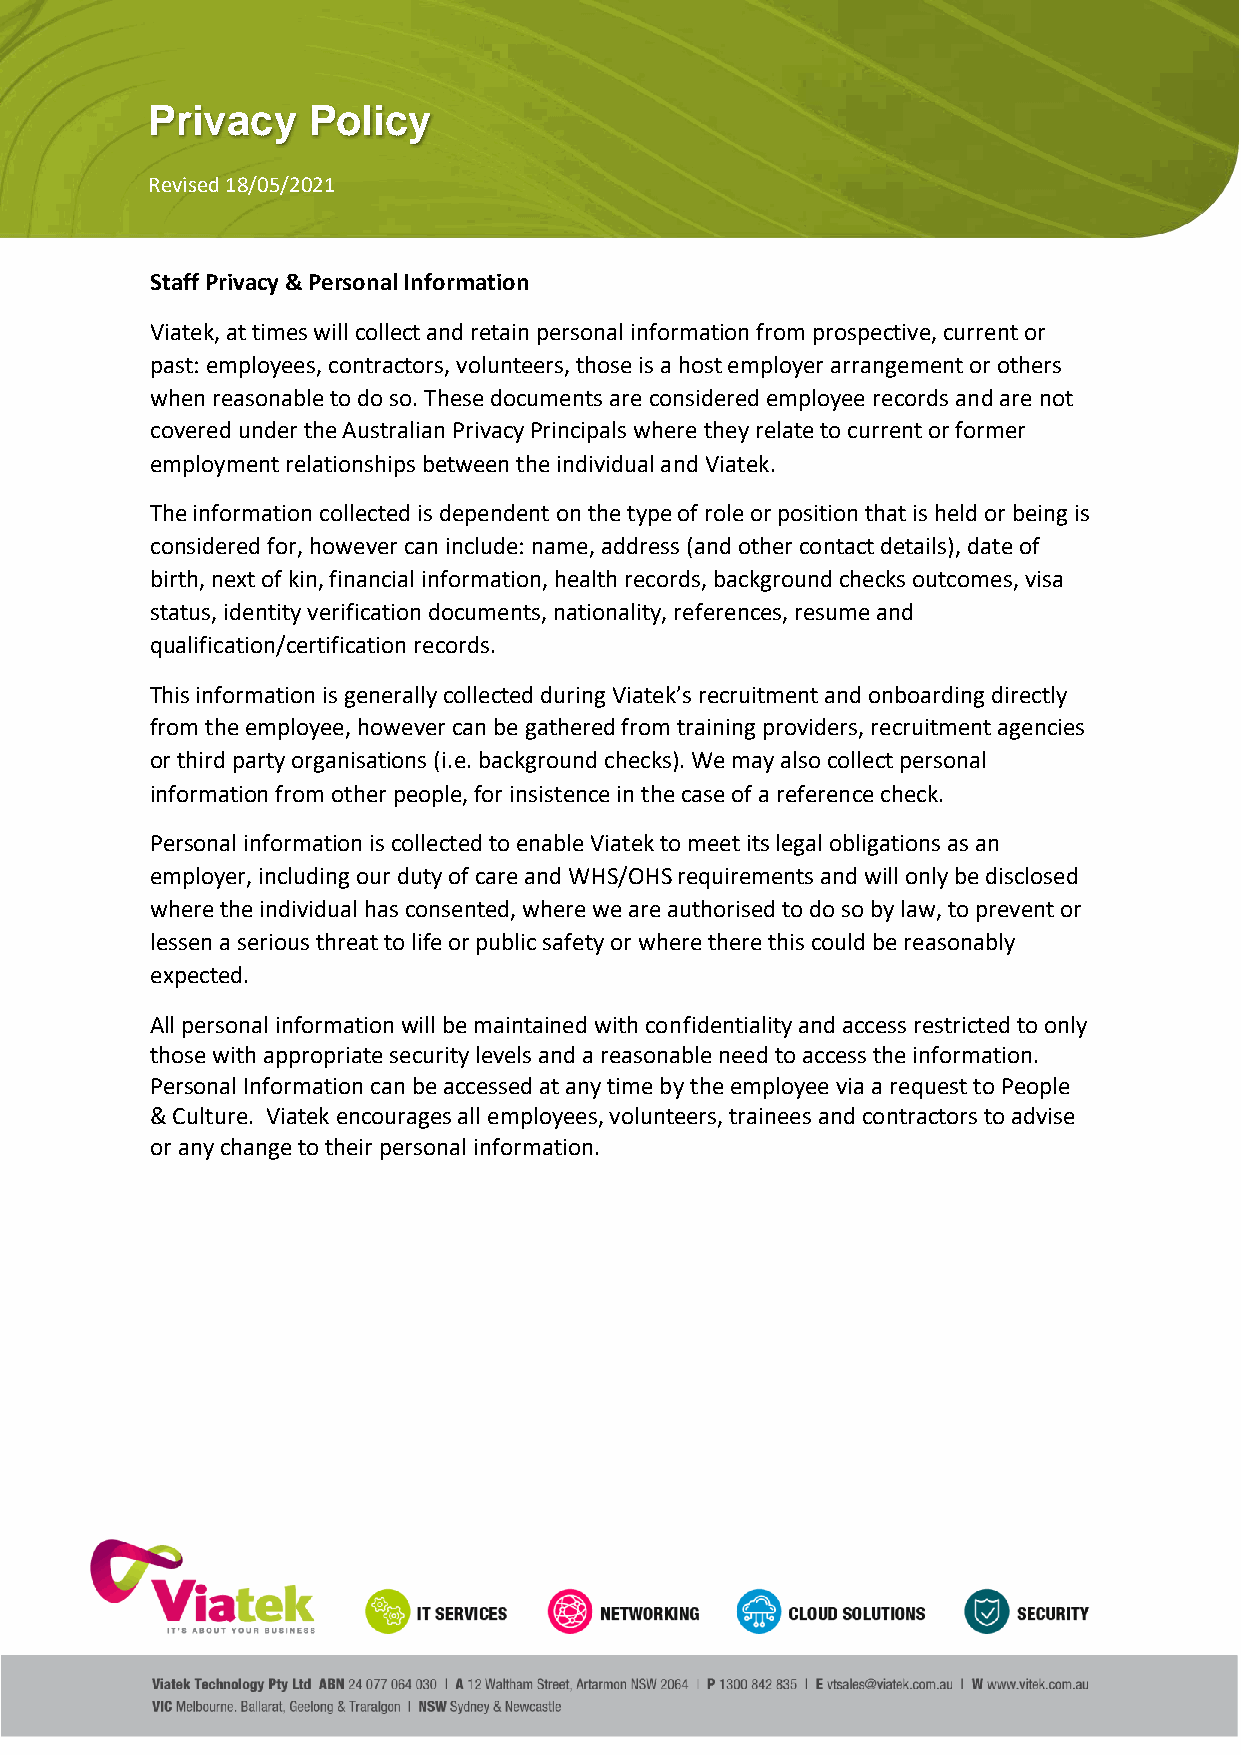
Privacy   Policy
 Revised 18/05/2021
 Staff Privacy & Personal Information
 Viatek, at times will collect and retain personal information from prospective, current or
 past: employees, contractors, volunteers, those is a host employer arrangement or others
 when reasonable to do so. These documents are considered employee records and are not
 covered under the Australian Privacy Principals where they relate to current or former
 employment relationships between the individual and Viatek.
 The information collected is dependent on the type of role or position that is held or being is
 considered for, however can include: name, address (and other contact details), date of
 birth, next of kin, financial information, health records, background checks outcomes, visa
 status, identity verification documents, nationality, references, resume and
 qualification/certification records.
 This information is generally collected during Viatek’s recruitment and onboarding directly
 from the employee, however can be gathered from training providers, recruitment agencies
 or third party organisations (i.e. background checks). We may also collect personal
 information from other people, for insistence in the case of a reference check.
 Personal information is collected to enable Viatek to meet its legal obligations as an
 employer, including our duty of care and WHS/OHS requirements and will only be disclosed
 where the individual has consented, where we are authorised to do so by law, to prevent or
 lessen a serious threat to life or public safety or where there this could be reasonably
 expected.
 All personal information will be maintained with confidentiality and access restricted to only
 those with appropriate security levels and a reasonable need to access the information.
 Personal Information can be accessed at any time by the employee via a request to People
 & Culture. Viatek encourages all employees, volunteers, trainees and contractors to advise
 or any change to their personal information.